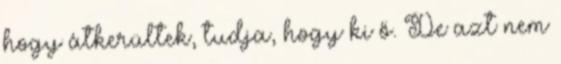
hogy átkerültek, tudja, hogy ki ő. De azt nem